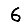
Digit: 6